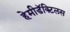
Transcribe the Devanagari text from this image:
हेमीडॅक्टिलस